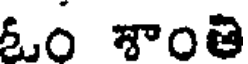
ఓం శాంతి